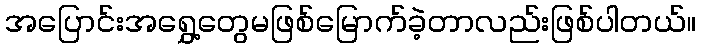
အပြောင်းအရွှေ့တွေမဖြစ်မြောက်ခဲ့တာလည်းဖြစ်ပါတယ်။